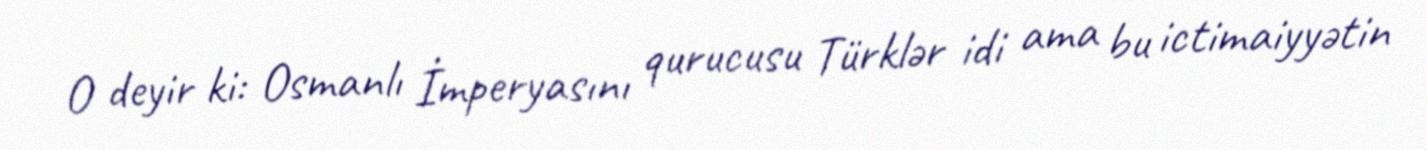
O deyir ki: Osmanlı İmperyasını qurucusu Türklər idi ama bu ictimaiyyətin